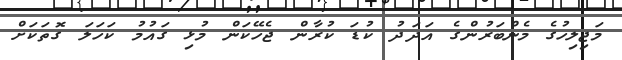
މަޖިލިހުގެ މެންބަރުންގެ އަދަދު ކުޑަ ކުރާން ޖެހޭކަން މުޅި ގައުމު ކަހަލަ ގޮތަކަށް